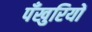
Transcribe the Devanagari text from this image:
पँखुरियों